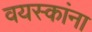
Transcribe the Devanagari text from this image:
वयस्कांना